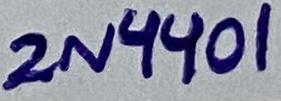
Text: 2N4401